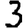
Digit: 3